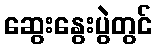
ဆွေးနွေးပွဲတွင်